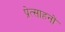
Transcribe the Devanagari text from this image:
प्रेत्साहनों